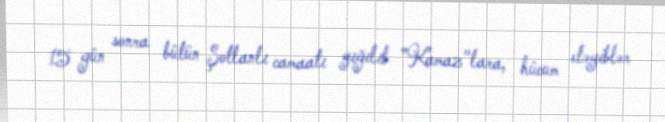
15 gün sonra bütün Şotlanlı camaatı yığılıb ”Kamaz"lara, hücum eləyiblər